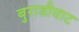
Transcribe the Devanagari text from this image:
बुराडीघाट